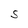
Character: S